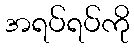
အရပ်ရပ်ကို